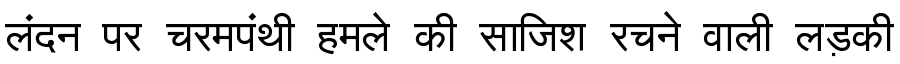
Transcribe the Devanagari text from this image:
लंदन पर चरमपंथी हमले की साजिश रचने वाली लड़की